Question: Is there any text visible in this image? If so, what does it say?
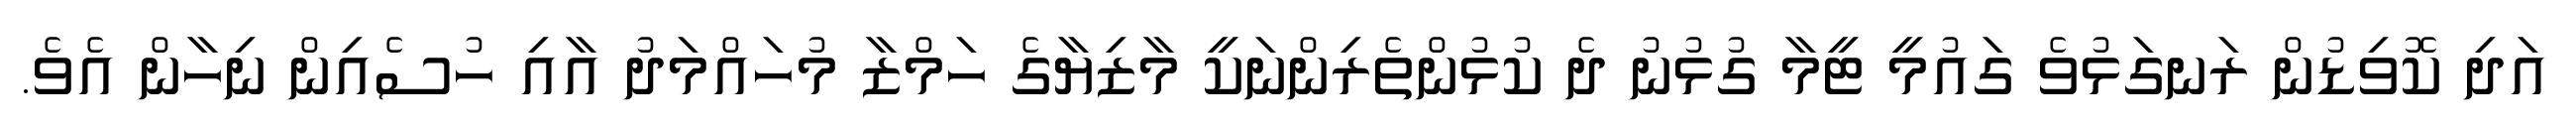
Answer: އަދި ކޮވިޑުން ރަނގަޅުވެ ގައުމީ ޓީމާ ގުޅުނު ދެ ކުޅުންތެރިންނަކީ މާޒިޔާގެ ހަމްޒާ މުހައްމަދު އާއި ހުސެއިން ނިހާން އެވެ.